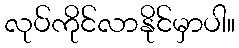
လုပ်ကိုင်လာနိုင်မှာပါ။